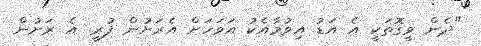
"ދެން ވީގޮތަކީ އެ އަޑު އިވުމާއެކު އަވަހަށް އެރަށުން ފުރީ. އެ ރަށުން